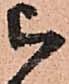
被